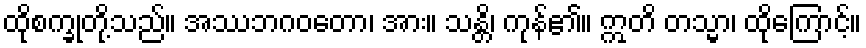
ထိုစက္ခုတို့သည်။ အဿဘဂဝတော၊ အား။ သန္တိ၊ ကုန်၏။ ဣတိ တသ္မာ၊ ထိုကြောင့်။